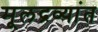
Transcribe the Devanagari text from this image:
मूलद्रव्यांत